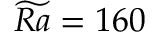
\widetilde { R a } = 1 6 0